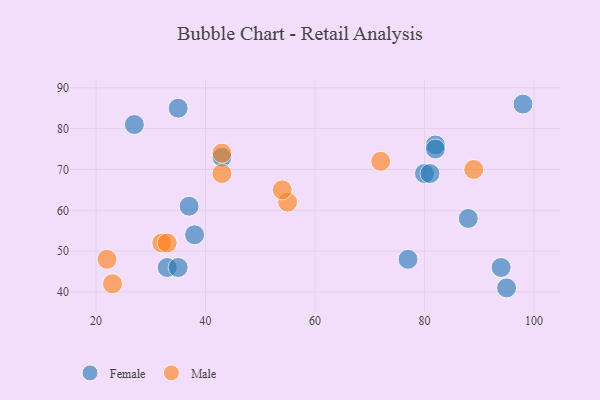
{"axis": {"x": "GDP", "y": "Life Expectancy"}, "legend": ["Female", "Male"], "data": [{"x": "38", "y": 54, "type": "Female"}, {"x": "98", "y": 86, "type": "Female"}, {"x": "80", "y": 69, "type": "Female"}, {"x": "94", "y": 46, "type": "Female"}, {"x": "95", "y": 41, "type": "Female"}, {"x": "82", "y": 76, "type": "Female"}, {"x": "77", "y": 48, "type": "Female"}, {"x": "88", "y": 58, "type": "Female"}, {"x": "33", "y": 46, "type": "Female"}, {"x": "35", "y": 85, "type": "Female"}, {"x": "82", "y": 75, "type": "Female"}, {"x": "35", "y": 46, "type": "Female"}, {"x": "37", "y": 61, "type": "Female"}, {"x": "27", "y": 81, "type": "Female"}, {"x": "81", "y": 69, "type": "Female"}, {"x": "43", "y": 73, "type": "Female"}, {"x": "72", "y": 72, "type": "Male"}, {"x": "55", "y": 62, "type": "Male"}, {"x": "89", "y": 70, "type": "Male"}, {"x": "32", "y": 52, "type": "Male"}, {"x": "23", "y": 42, "type": "Male"}, {"x": "54", "y": 65, "type": "Male"}, {"x": "22", "y": 48, "type": "Male"}, {"x": "43", "y": 69, "type": "Male"}, {"x": "33", "y": 52, "type": "Male"}, {"x": "43", "y": 74, "type": "Male"}]}